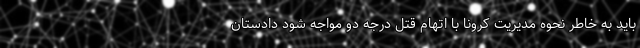
باید به خاطر نحوه مدیریت کرونا با اتهام قتل درجه دو مواجه شود دادستان